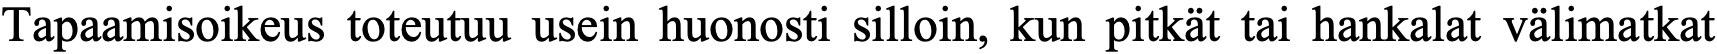
Tapaamisoikeus toteutuu usein huonosti silloin, kun pitkät tai hankalat välimatkat